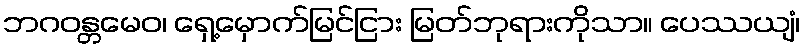
ဘဂဝန္တမေဝ၊ ရှေ့မှောက်မြင်ငြား မြတ်ဘုရားကိုသာ။ ပေဿယျံ၊